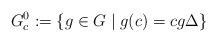
LaTeX: \begin{align*}G_c^{0}: =\{ g \in G \; \vert \; g(c)=c g \Delta\}\end{align*}